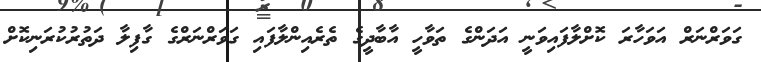
ގަވަރްނަރް އަވަހާރަ ކޮށްލާފައިވަނީ އަދަންގެ ތަވާހީ އާބާދީގެ ތެރެއިންލާފައި ގަވަރްނަރްގެ ގާފިލާ ދަތުރުކުރަނިކޮށް